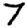
Digit: 7